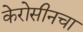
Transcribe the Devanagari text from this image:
केरोसीनचा